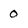
Character: 0